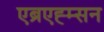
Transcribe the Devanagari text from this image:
एब्रएह्म्सन